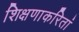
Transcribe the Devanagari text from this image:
शिक्षणाकरितां